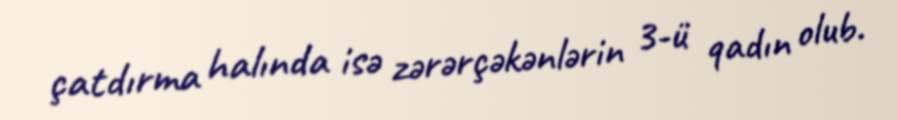
çatdırma halında isə zərərçəkənlərin 3-ü qadın olub.